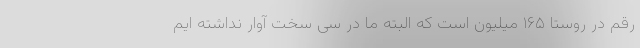
رقم در روستا ۱۶۵ میلیون است که البته ما در سی سخت آوار نداشته ایم